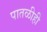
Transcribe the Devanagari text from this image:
पातळीही